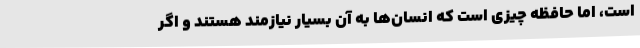
است، اما حافظه چیزی است که انسان‌ها به آن بسیار نیازمند هستند و اگر